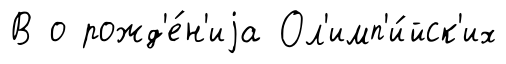
В о рожд'е́н'иjа Ол'имп'и́йск'их